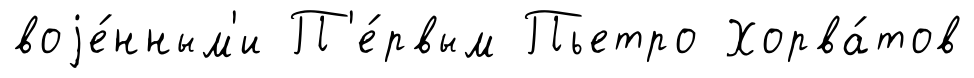
воjе́нным'и П'е́рвым Пьетро Хорва́тов